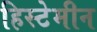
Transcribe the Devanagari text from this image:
हिस्टेमीन